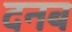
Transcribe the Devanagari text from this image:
दनब